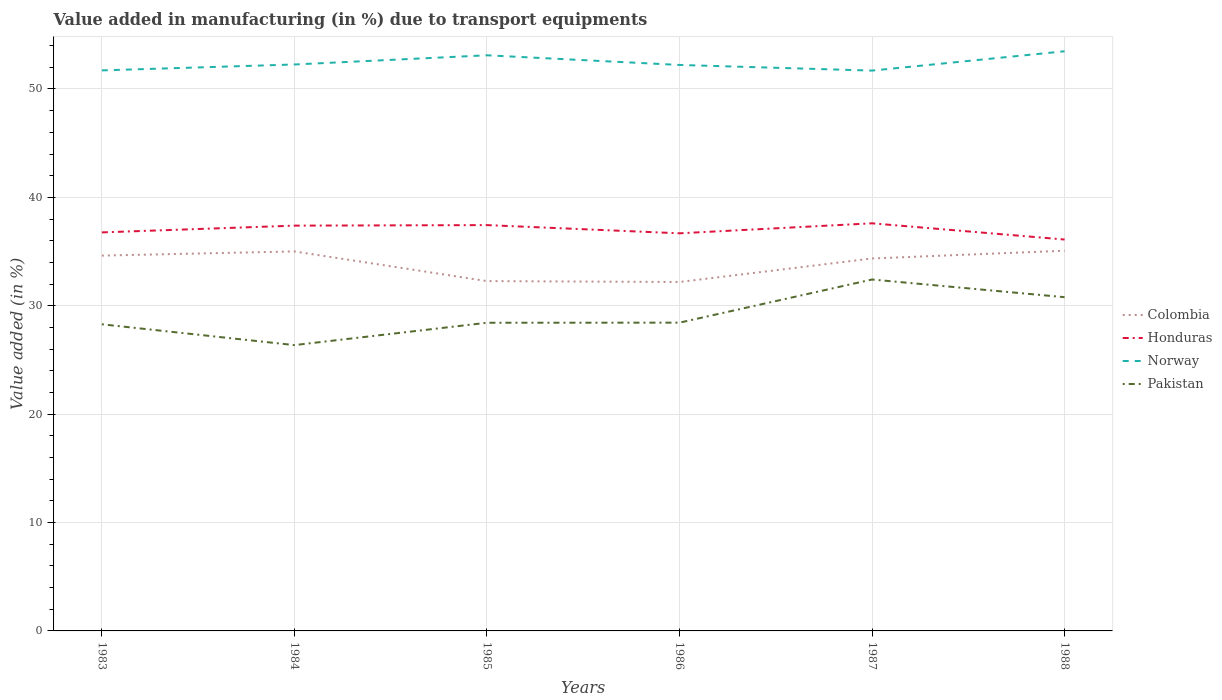
| Years | Colombia | Honduras | Norway | Pakistan |
 | --- | --- | --- | --- | --- |
 | 1983 | 34.6 | 36.8 | 51.7 | 28.3 |
 | 1984 | 35 | 37.4 | 52.3 | 26.4 |
 | 1985 | 32.3 | 37.4 | 53.1 | 28.4 |
 | 1986 | 32.2 | 36.7 | 52.2 | 28.4 |
 | 1987 | 34.4 | 37.6 | 51.7 | 32.4 |
 | 1988 | 35.1 | 36.1 | 53.5 | 30.8 |